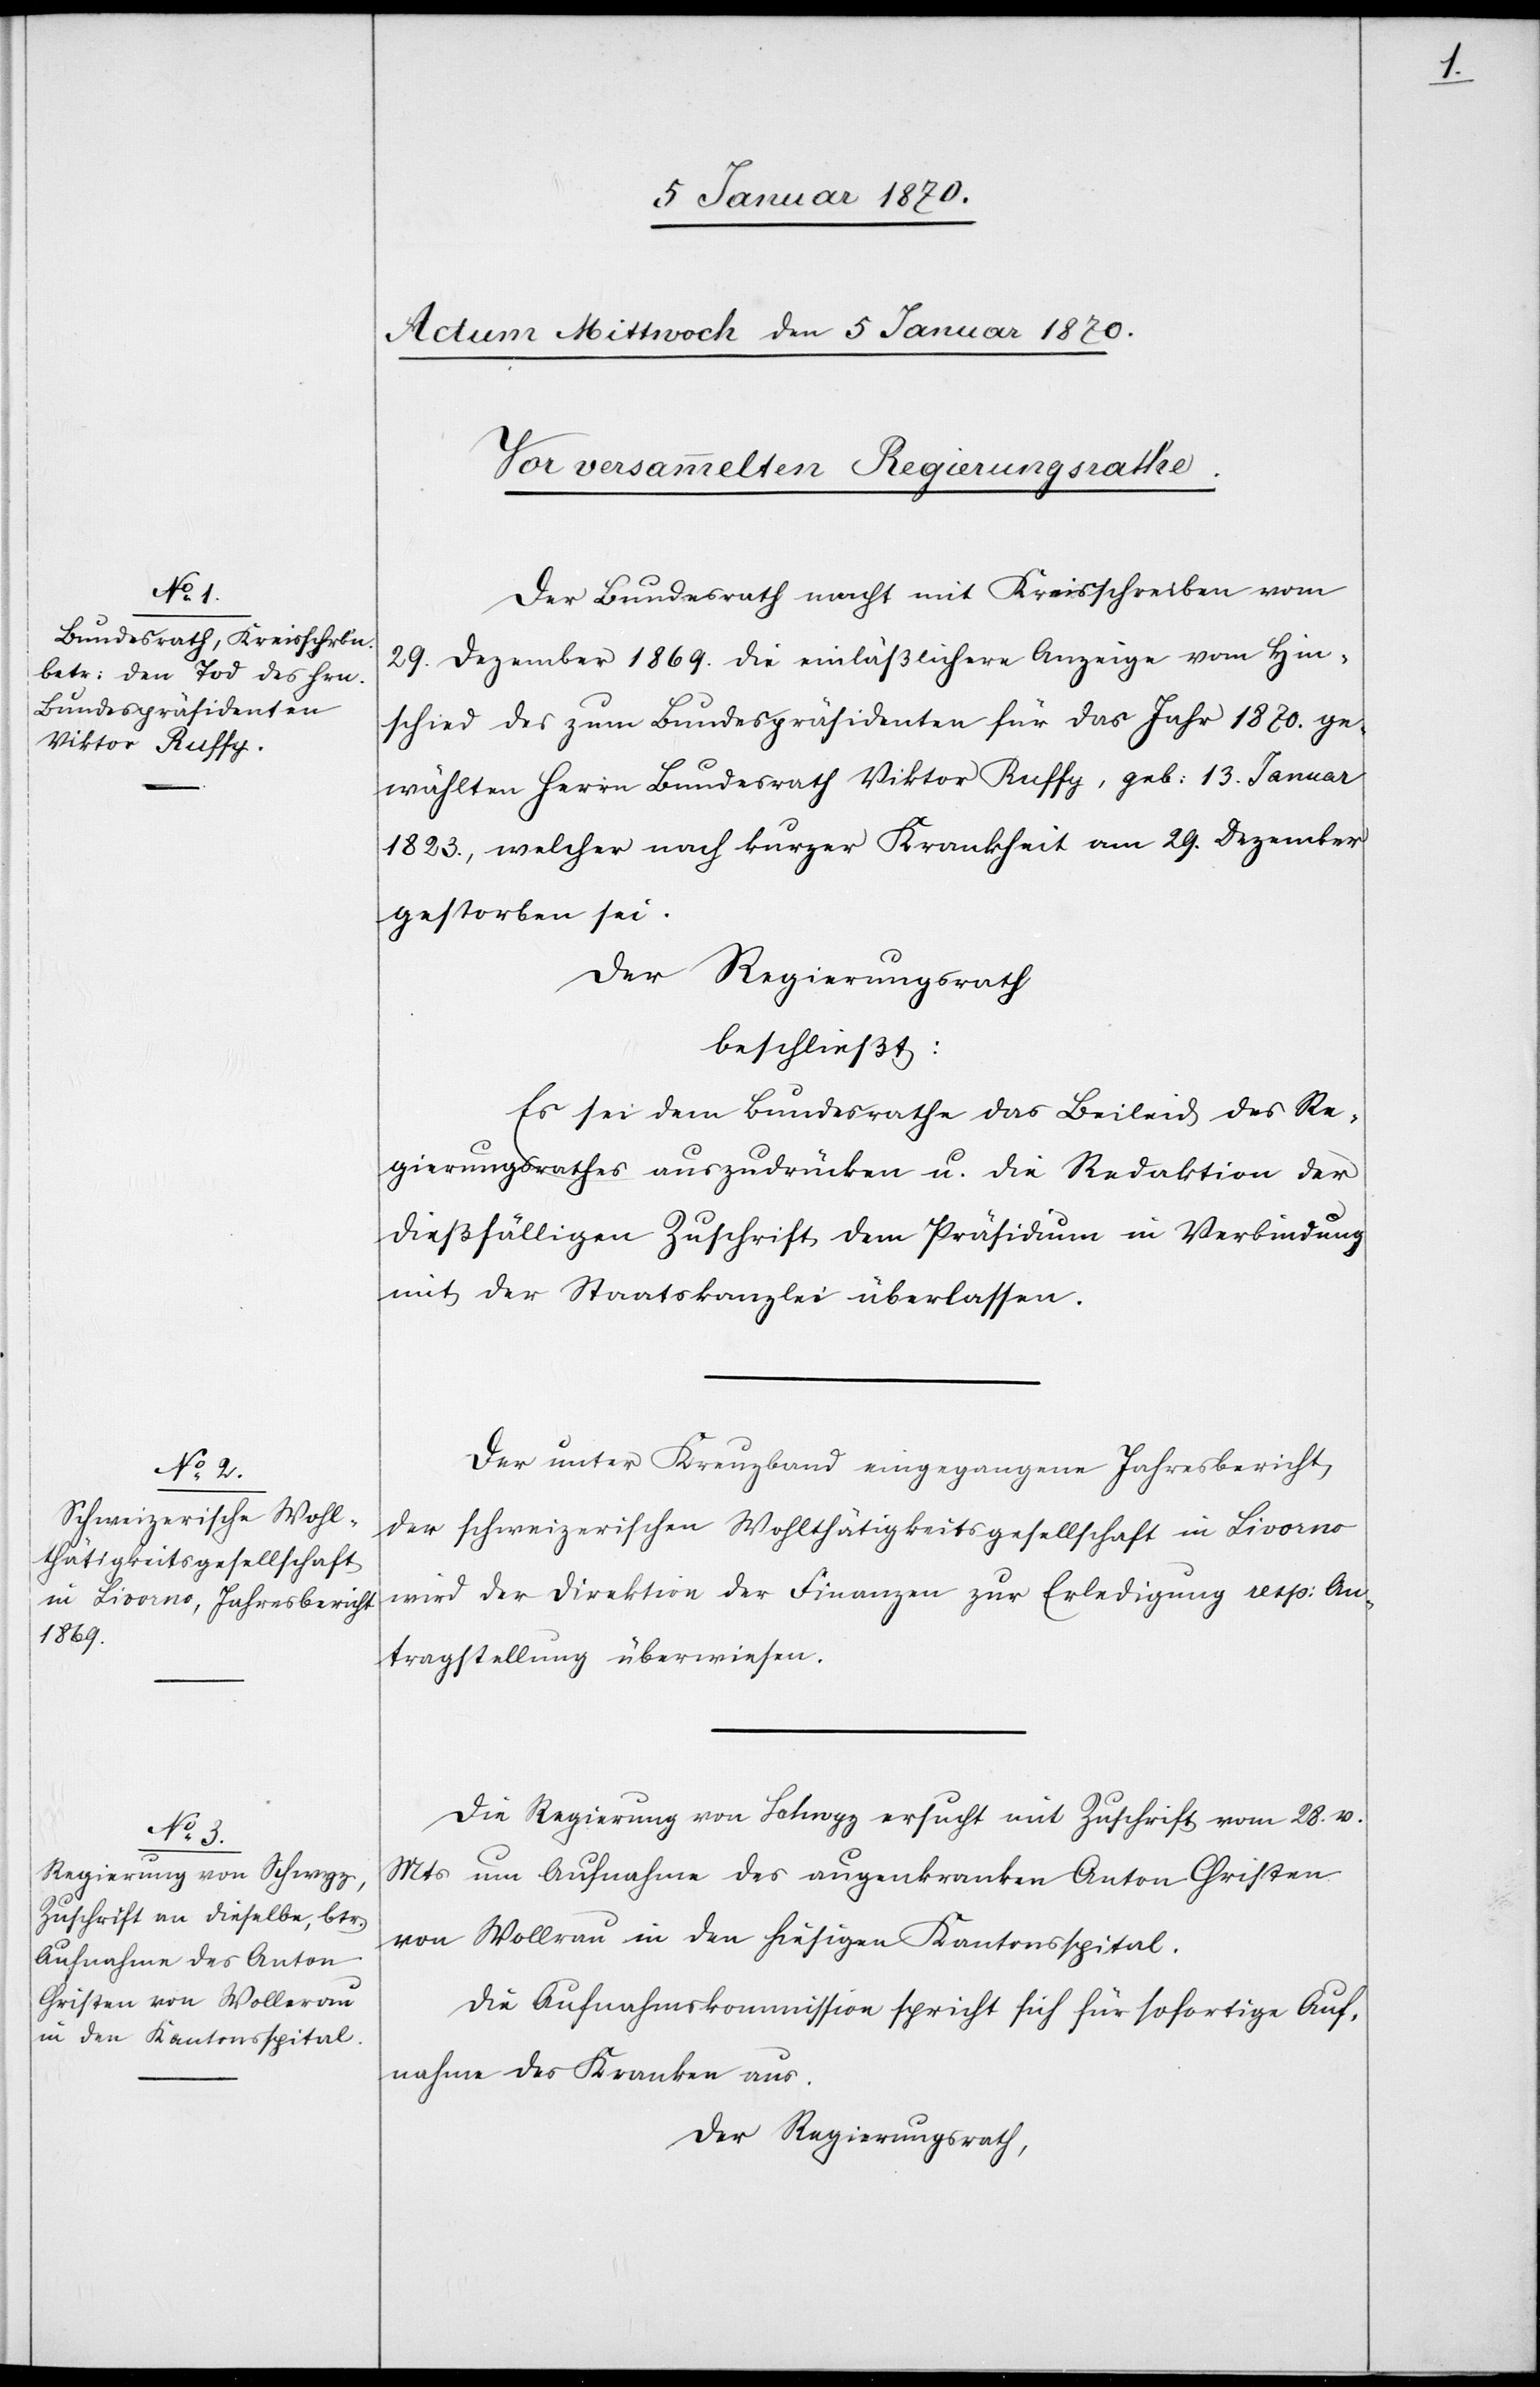
Der Bundesrath macht mit Kreisschreiben vom
29. Dezember 1869. die einläßlichere Anzeige vom Hin¬
schied des zum Bundespräsidenten für das Jahr 1870. ge¬
wählten Herrn Bundesrath Viktor Ruffy, geb: 13. Januar
1823., welcher nach kurzer Krankheit am 29. Dezember
gestorben sei.
Der Regierungsrath
beschließt:
Es sei dem Bundesrathe das Beileid des Re¬
gierungsrathes auszudrücken u. die Redaktion der
dießfälligen Zuschrift dem Präsidium in Verbindung
mit der Staatskanzlei überlassen.
Der unter Kreuzband eingegangene Jahresbericht,
der schweizerischen Wohltätigkeitsgesellschaft in Livorno
wird der Direktion der Finanzen zur Erledigung resp: An¬
tragstellung überwiesen.
Die Regierung von Schwyz ersucht mit Zuschrift vom 28. v.
Mts um Aufnahme des augenkranken Anton Christen
von Wollerau in den hiesigen Kantonsspital.
Die Aufnahmskommission spricht sich für sofortige Auf¬
nahme des Kranken aus.
Der Regierungsrath,